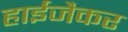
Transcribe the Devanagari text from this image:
हाईजैकर